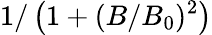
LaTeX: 1/\left(1+(B/B_{0})^{2}\right)